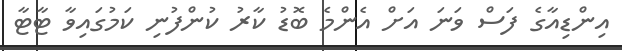
އިންޑިއާގެ ފަސް ވަނަ އަށް އެންމެ ބޮޑު ކާރު ކުންފުނި ކަމުގައިވާ ޓާޓާ